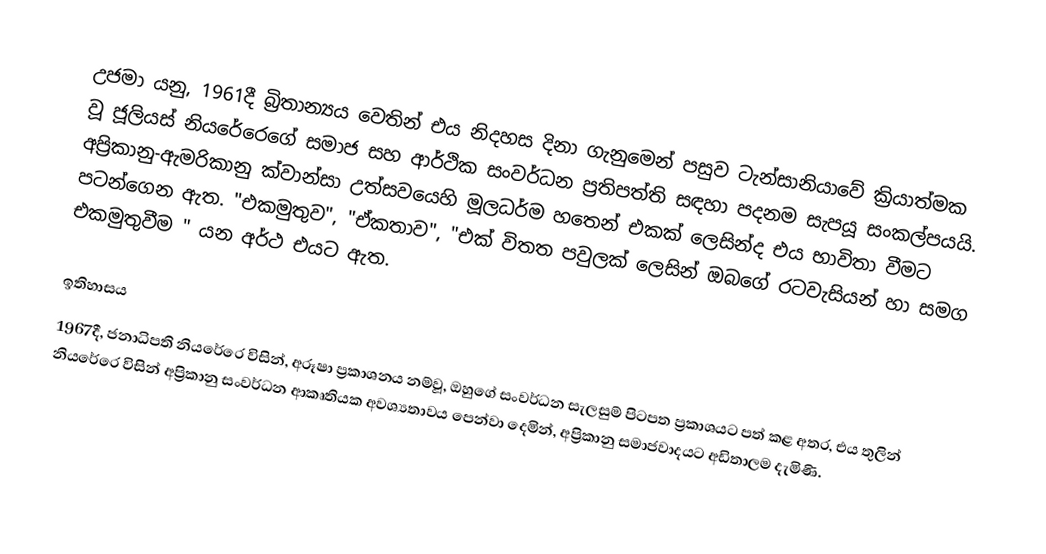
උජමා යනු,  1961දී බ්‍රිතාන්‍යය වෙතින් එය නිදහස දිනා ගැනුමෙන් පසුව ටැන්සානියාවේ ක්‍රියාත්මක වූ  ජූලියස් නියරේරෙගේ සමාජ සහ ආර්ථික  සංවර්ධන ප්‍රතිපත්ති සඳහා පදනම සැපයූ සංකල්පයයි. අප්‍රිකානු-ඇමරිකානු ක්වාන්සා උත්සවයෙහි මූලධර්ම හතෙන් එකක් ලෙසින්ද එය භාවිතා වීමට පටන්ගෙන ඇත. "එකමුතුව", "ඒකතාව", "එක් විතත පවුලක් ලෙසින් ඔබගේ රටවැසියන් හා සමග එකමුතුවීම " යන අර්ථ එයට ඇත.

ඉතිහාසය
1967දී, ජනාධිපති නියරේරෙ විසින්,   අරූෂා ප්‍රකාශනය නම්වූ, ඔහුගේ සංවර්ධන සැලසුම් පිටපත ප්‍රකාශයට පත් කළ අතර, එය තුලින් නියරේරෙ විසින්  අප්‍රිකානු සංවර්ධන ආකෘතියක අවශ්‍යතාවය  පෙන්වා දෙමින්,  අප්‍රිකානු සමාජවාදයට අඩිතාලම දැමිණි.